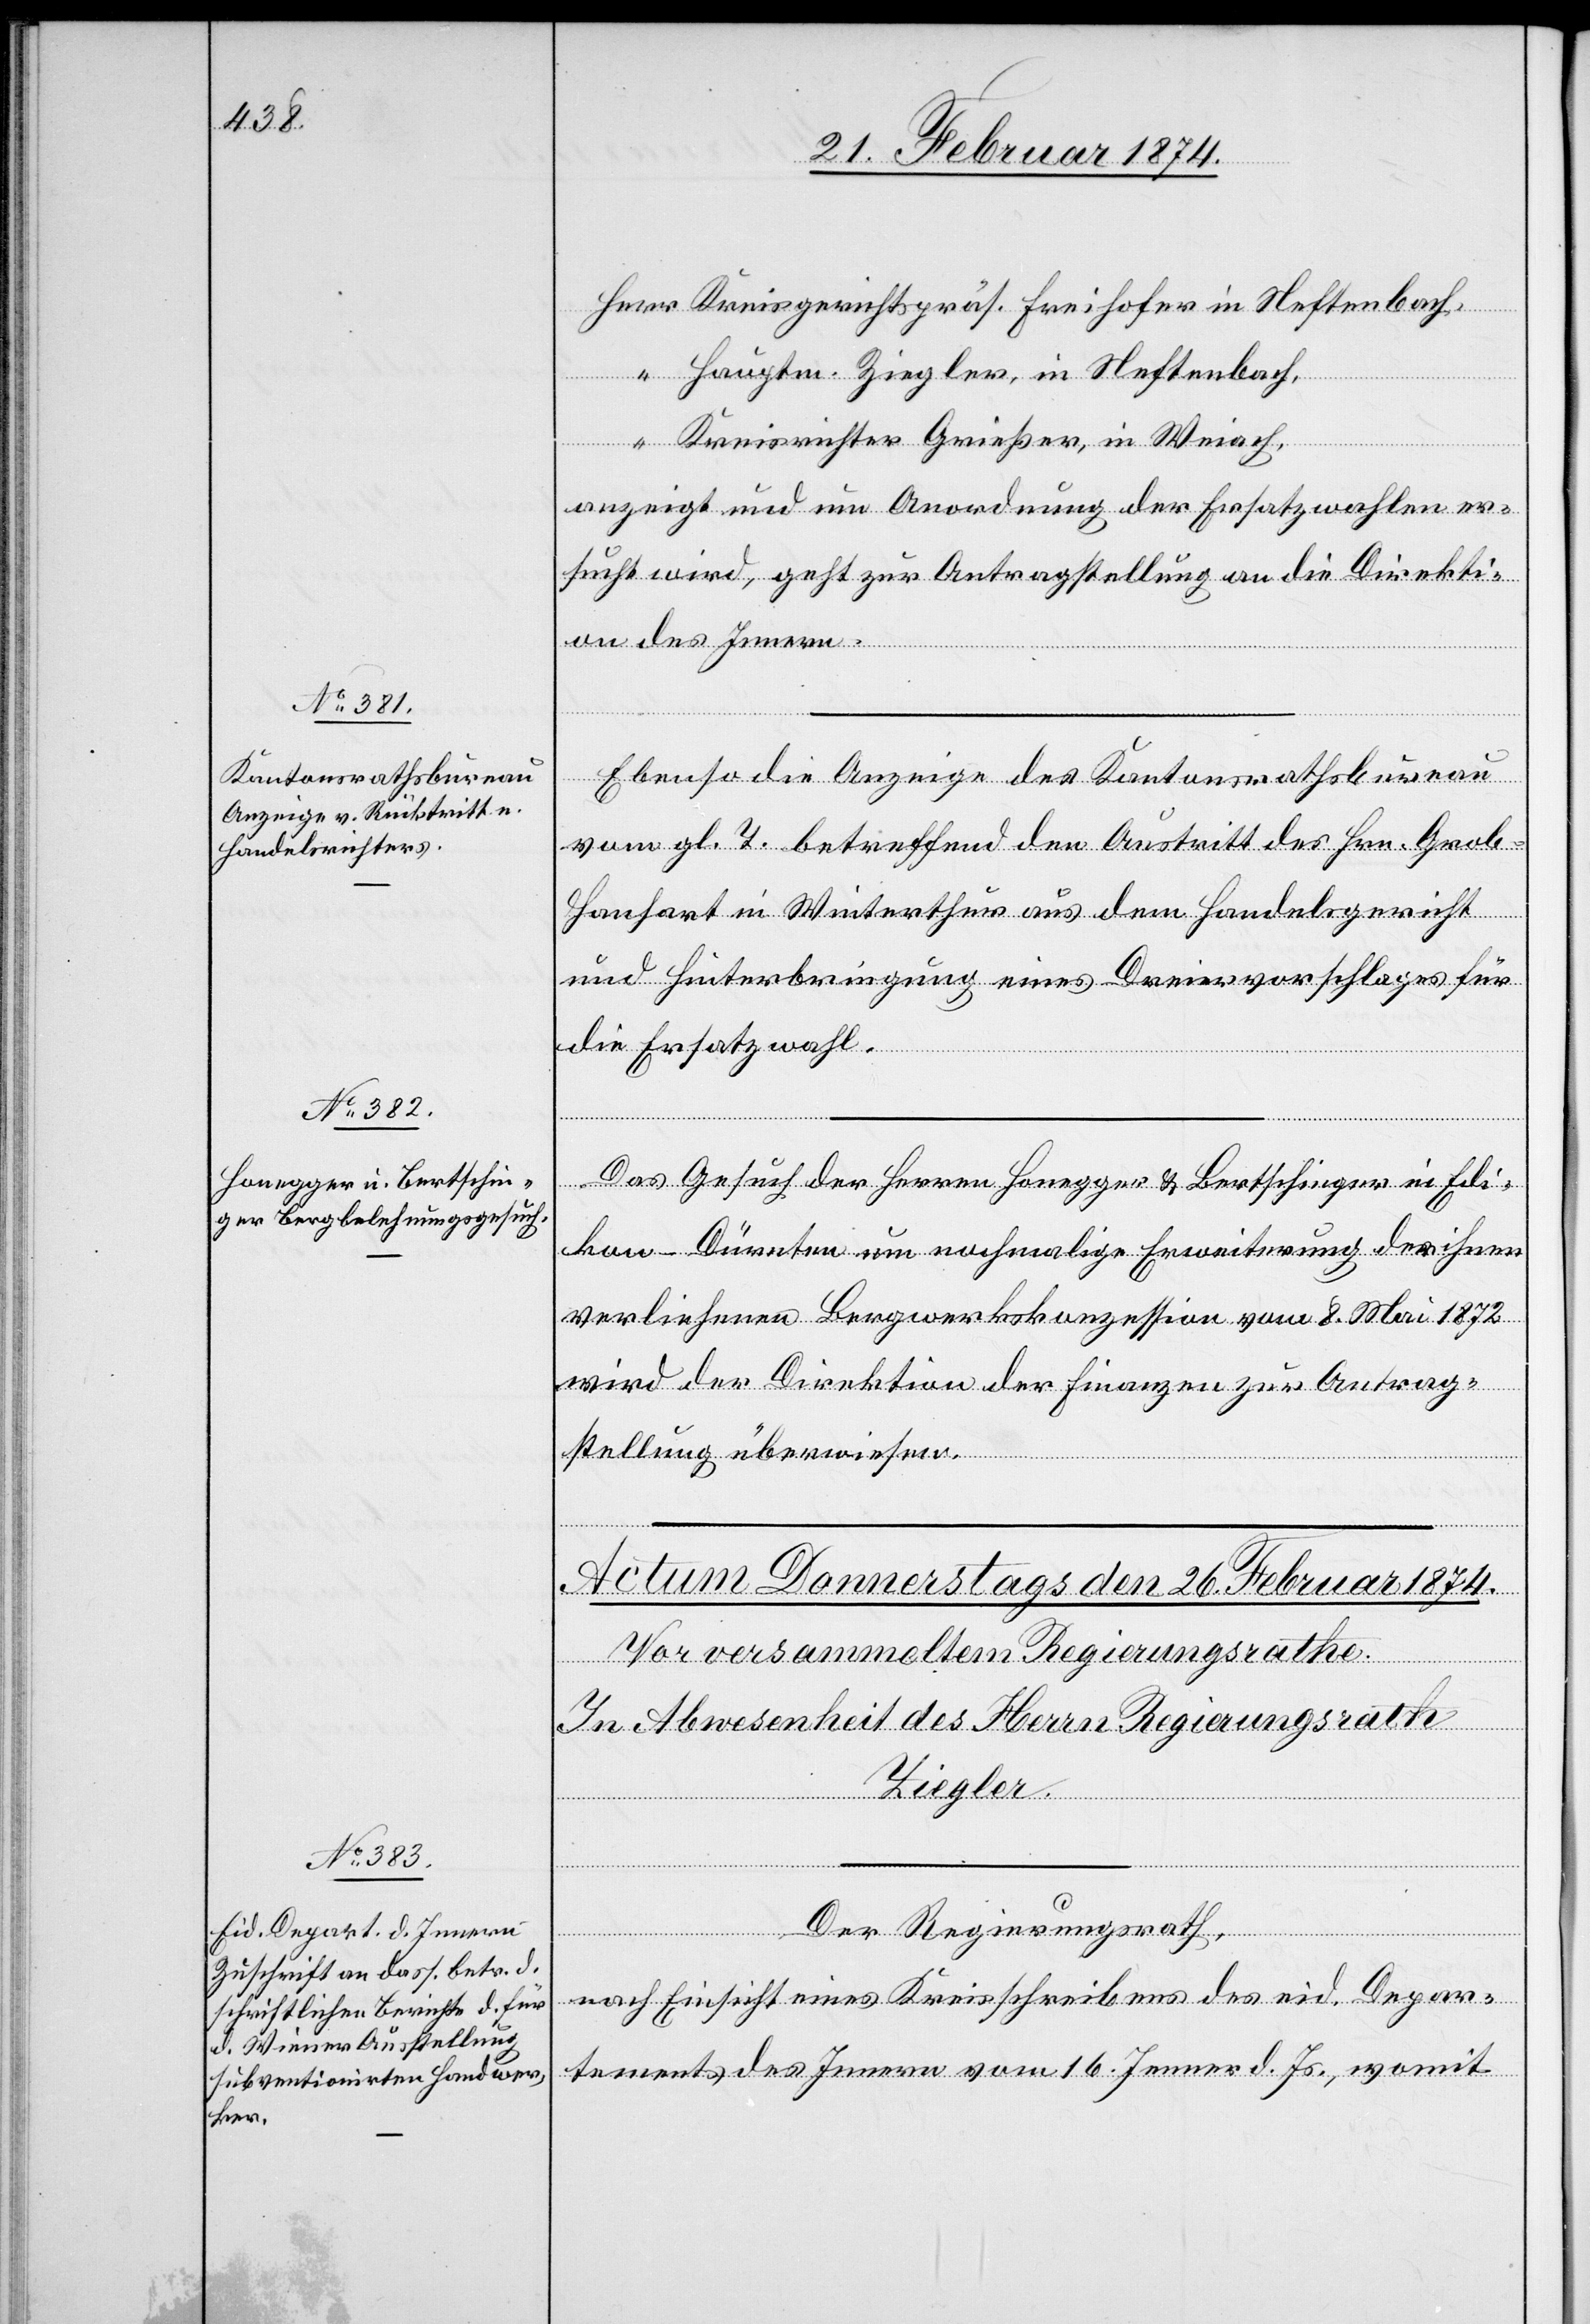
an

25. Februar 1874.]
Direkti¬
Herr Kreisgerichtspräs. Freihofer in Neftenbach.
“ Hauptm. Ziegler, in Neftenbach,
“ Kreisrichter Grießer, in Weiach,
anzeigt und um Anordnung der Ersatzwahlen er¬
on des Innern.
Ebenso die Anzeige des Kantonsrathsbureau
vom g. T. betreffend den Austritt des Hrn. Grob-H¬
anhart in Winterthur aus dem Handelsgericht
und Hinterbringung eines Dreiervorschlages für
die Ersatzwahl.
Das Gesuch der Herren Honegger u. Bertschinger in Edi¬
kon-Dürnten um nochmalige Erweiterung der ihnen
verliehenen Bergwerkskonzession vom 8. Mai 1872
wird der Direktion der Finanzen zur Antrag¬
stellung überwiesen.
die
geht zur Antragstellung
Der Regierungsrath,
nach Einsicht eines Kreisschreibens des eid. Depar¬
tements des Innern vom 16. Jenner d. Js., womit